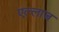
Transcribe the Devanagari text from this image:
एल्लाज